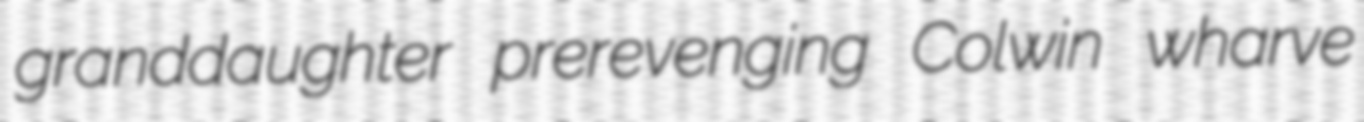
granddaughter prerevenging Colwin wharve